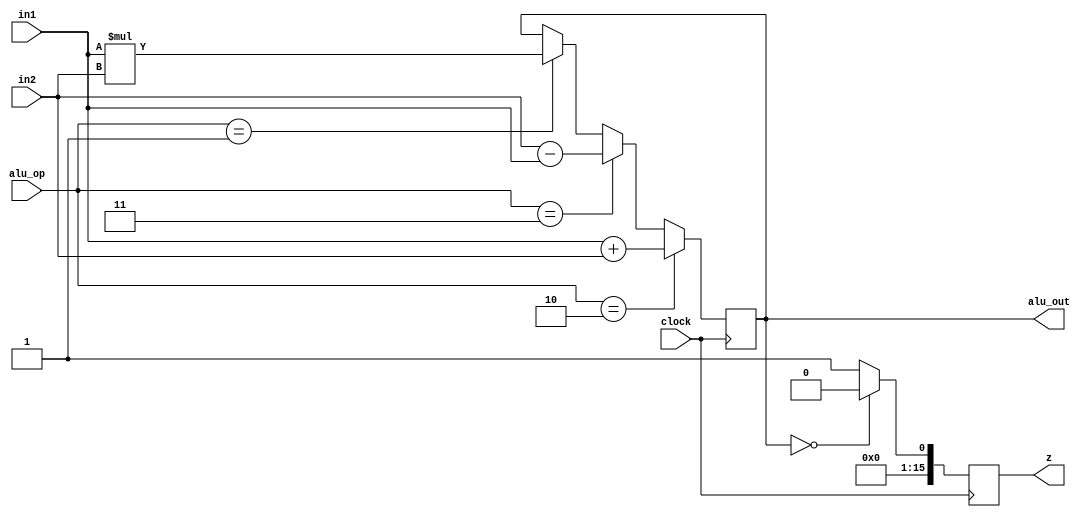
module alu(clock,in1,in2,alu_op,alu_out,z); 
   input clock; 
	//input write_en;
   input [15:0] in1; 
   input [15:0] in2; 
   input [2:0] alu_op; 
   output reg [15:0] alu_out;
   output reg [15:0] z; 	

   always @(posedge clock) 
      begin

		if (alu_op == 3'd2) begin
		        alu_out <= in1 + in2;
//				  $display("[display] time=%0t in1_out_add=%0d ",$time,in1);
//			     $display("[display] time=%0t in2_out_add=%0d",$time,in2);
//			     $display("[display] time=%0t alu_out_add=%0d",$time,alu_out);
			     //end 

		end else if (alu_op == 3'd3) begin
	           alu_out <= in2 - in1; 
//				  $display("[display] time=%0t in1_out_sub=%0d ",$time,in1);
//			     $display("[display] time=%0t in2_out_sub=%0d",$time,in2);
//			     $display("[display] time=%0t alu_out_sub=%0d",$time,alu_out);
				  //end
				  
		end else if (alu_op == 3'd1) begin
		        alu_out <= in1 * in2;
//				  $display("[display] time=%0t in1_out_mul=%0d ",$time,in1);
//			     $display("[display] time=%0t in2_out_mul=%0d",$time,in2);
//			     $display("[display] time=%0t alu_out_mul=%0d",$time,alu_out);
				  //end
		end else begin
		        alu_out <=alu_out;
		end
				  
      if (alu_out == 0) begin
		         //display("[display] time=%0t alu_out=%0d ",$time,alu_out);
               z <= 0; 
		end else begin
               z <= 1; 
		end

	 end 
	 
	 
endmodule


//module alu_tb();
//  reg clock;
//  reg [2:0] alu_op;
//  reg [15:0] in1;
//  reg [15:0] in2;
//  wire [15:0] alu_out;
//  wire [15:0] z;
//  
//  alu dut (.clock(clock), .in1(in1), .in2(in2), .alu_op(alu_op), .alu_out(alu_out), .z(z));
//
//  initial begin
//  #50;
//  clock = 1'd0; alu_op   = 3'd1; in1 = 16'd3; in2 = 16'd6; #100;
//  clock = 1'd0; alu_op   = 3'd2; in1 = 16'd10; in2 = 16'd7; #100;
//  clock = 1'd0; alu_op   = 3'd3; in1 = 16'd4; in2 = 16'd6; #100;
//  clock = 1'd0; alu_op   = 3'd1; in1 = 16'd102; in2 = 16'd24; #100;
//  clock = 1'd0; alu_op   = 3'd2; in1 = 16'd254; in2 = 16'd253; #100;
//  clock = 1'd0; alu_op   = 3'd3; in1 = 16'd255; in2 = 16'd255; #100;
//  
//  end
//  
//  always begin
//    #50;
//	 clock = ~clock;
//  end
//  
//endmodule